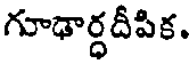
గూఢార్ధదీపిక.